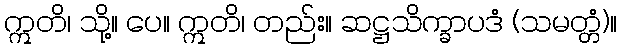
ဣတိ၊ သို့။ ပေ။ ဣတိ၊ တည်း။ ဆဋ္ဌသိက္ခာပဒံ (သမတ္တံ)။